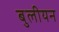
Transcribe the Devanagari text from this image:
बुलीयन